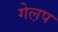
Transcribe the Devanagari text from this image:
गेल़प